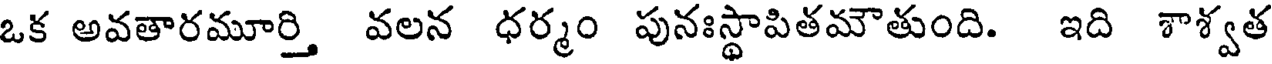
ఒక అవతారమూర్తి వలన ధర్మం పునఃస్థాపితమౌతుంది. ఇది శాశ్వత